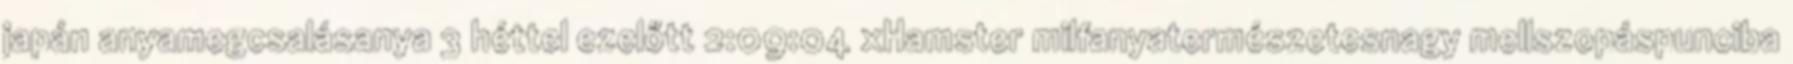
japán anyamegcsalásanya 3 héttel ezelőtt 2:09:04 xHamster milfanyatermészetesnagy mellszopáspunciba